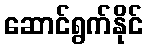
ဆောင်ရွက်နိုင်